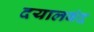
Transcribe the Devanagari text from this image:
दयालबंद